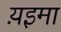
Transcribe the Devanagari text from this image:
य़इमा